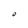
Character: O